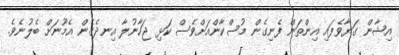
އިޝާން ގަޔާވެފައި އިންތަން ފެނިގެން މުސްކާންއަށްވެސް ކަޅި ޖަހާނުލާ އިނދެގެން އެމޫނަށް ބެލުނެވެ.